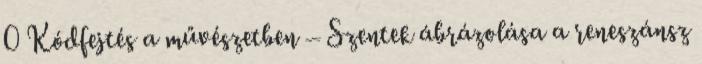
0 Kódfejtés a művészetben – Szentek ábrázolása a reneszánsz